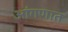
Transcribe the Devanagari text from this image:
आंगणात